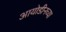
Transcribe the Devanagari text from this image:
आयोडीनच्या